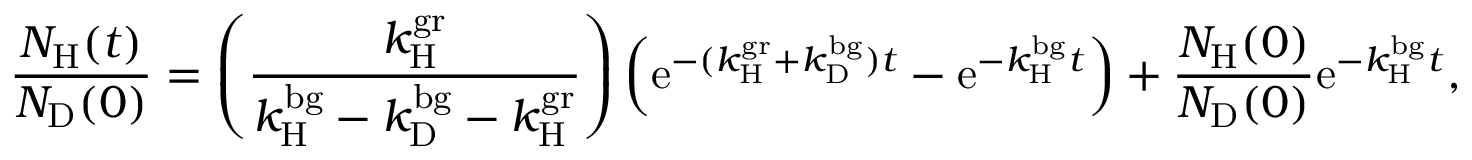
\frac { N _ { \mathrm { H } } ( t ) } { N _ { \mathrm { D } } ( 0 ) } = \left( \frac { k _ { \mathrm { H } } ^ { \mathrm { g r } } } { k _ { \mathrm { H } } ^ { \mathrm { b g } } - k _ { \mathrm { D } } ^ { \mathrm { b g } } - k _ { \mathrm { H } } ^ { \mathrm { g r } } } \right) \left( \mathrm { e } ^ { - ( k _ { \mathrm { H } } ^ { \mathrm { g r } } + k _ { \mathrm { D } } ^ { \mathrm { b g } } ) t } - \mathrm { e } ^ { - k _ { \mathrm { H } } ^ { \mathrm { b g } } t } \right) + \frac { N _ { \mathrm { H } } ( 0 ) } { N _ { \mathrm { D } } ( 0 ) } \mathrm { e } ^ { - k _ { \mathrm { H } } ^ { \mathrm { b g } } t } ,